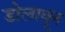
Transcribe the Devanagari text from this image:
डोलावून